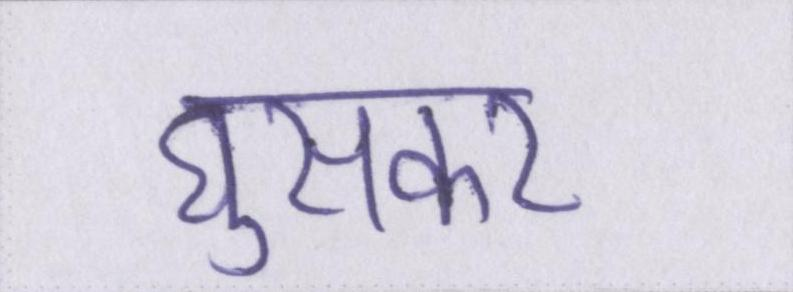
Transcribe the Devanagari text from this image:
घुसकर